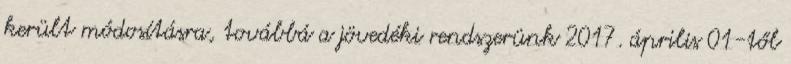
került módosításra, továbbá a jövedéki rendszerünk 2017. április 01-től